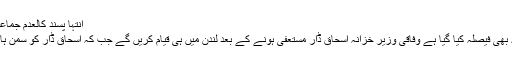
انتہا پسند کالعدم جماعتوں کا انتخابات میں حصہ لینا لمحہ فکریہ ہے، نواز شریف
سابق وزیراعظم نواز شریف کی زیرصدارت اجلاس میں یہ بھی فیصلہ کیا گیا ہے وفاقی وزیر خزانہ اسحاق ڈار مستعفیٰ ہونے کے بعد لندن میں ہی قیام کریں گے جب کہ اسحاق ڈار کو سمن ہائی کمیشن کی جانب سے پیر کے روز پہنچائے جائیں گے۔